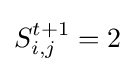
S_{i,j}^{t+1}=2